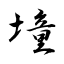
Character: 墥